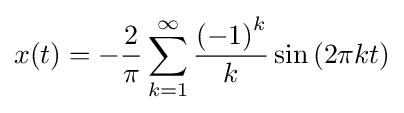
x(t)=-{\frac {2}{\pi }}\sum _{k=1}^{\infty }{\frac {{\left(-1\right)}^{k}}{k}}\sin \left(2\pi kt\right)